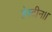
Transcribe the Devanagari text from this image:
हेस्टीन।।